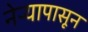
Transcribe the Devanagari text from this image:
नेऱ्यापासून